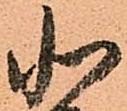
北